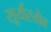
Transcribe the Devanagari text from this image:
सूर्यस्येव